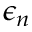
\epsilon _ { n }